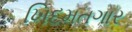
ખિદમતગાર